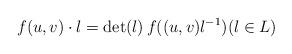
LaTeX: \begin{align*}f(u,v)\cdot l=\det(l)\, f((u,v)l^{-1}) (l\in L)\end{align*}